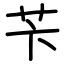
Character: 苄